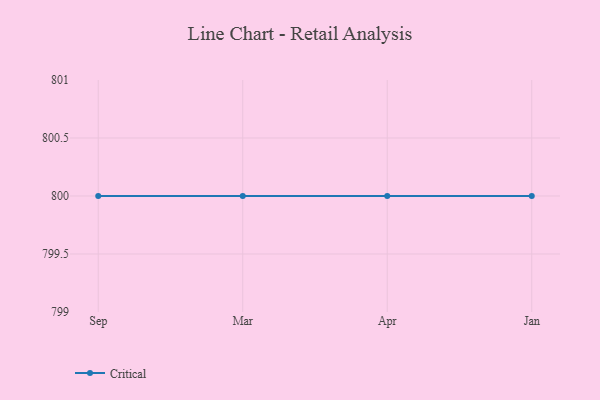
{"axis": {"x": "Month", "y": "Population (Million)"}, "legend": ["Critical"], "data": [{"x": "Sep", "y": 800, "type": "Critical"}, {"x": "Mar", "y": 800, "type": "Critical"}, {"x": "Apr", "y": 800, "type": "Critical"}, {"x": "Jan", "y": 800, "type": "Critical"}]}